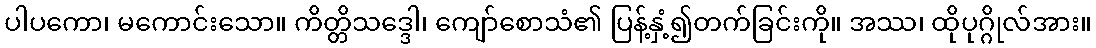
ပါပကော၊ မကောင်းသော။ ကိတ္တိသဒ္ဒေါ၊ ကျော်စောသံ၏ ပြန့်နှံ့၍တက်ခြင်းကို။ အဿ၊ ထိုပုဂ္ဂိုလ်အား။